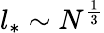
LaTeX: l_{*}\sim N^{\frac{1}{3}}